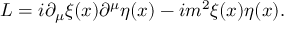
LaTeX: { \cal L } = i \partial _ { \mu } \xi ( x ) \partial ^ { \mu } \eta ( x ) - i m ^ { 2 } \xi ( x ) \eta ( x ) .